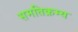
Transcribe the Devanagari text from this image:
समतिक्रम्य